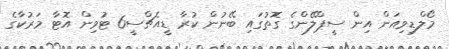
މޯލްޑިވިއަން އިން ސީޕްލޭންގެ ގޮތުގައި ބޭނުން ކުރާ ޑީއެޗްސީ6 ޓުވިން އޮޓާ މަރުކާގެ